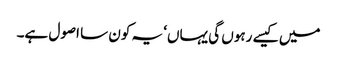
میں کیسے رہوں گی یہاں‘ یہ کون سا اصول ہے۔